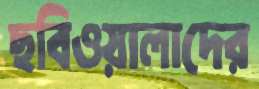
ছবিওয়ালাদের